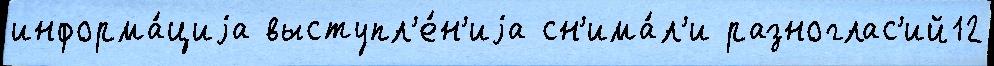
информа́циjа выступл'е́н'иjа сн'има́л'и разноглас'ий12